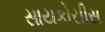
સાયકોસીસ